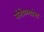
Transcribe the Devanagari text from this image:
रांगोळ्यांना